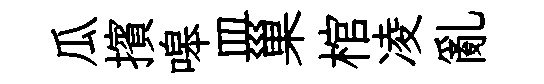
瓜擯嗥皿巢棺凌亂